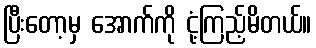
ပြီးတော့မှ အောက်ကို ငုံ့ကြည့်မိတယ်။